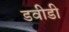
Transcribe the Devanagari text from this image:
डवीडी